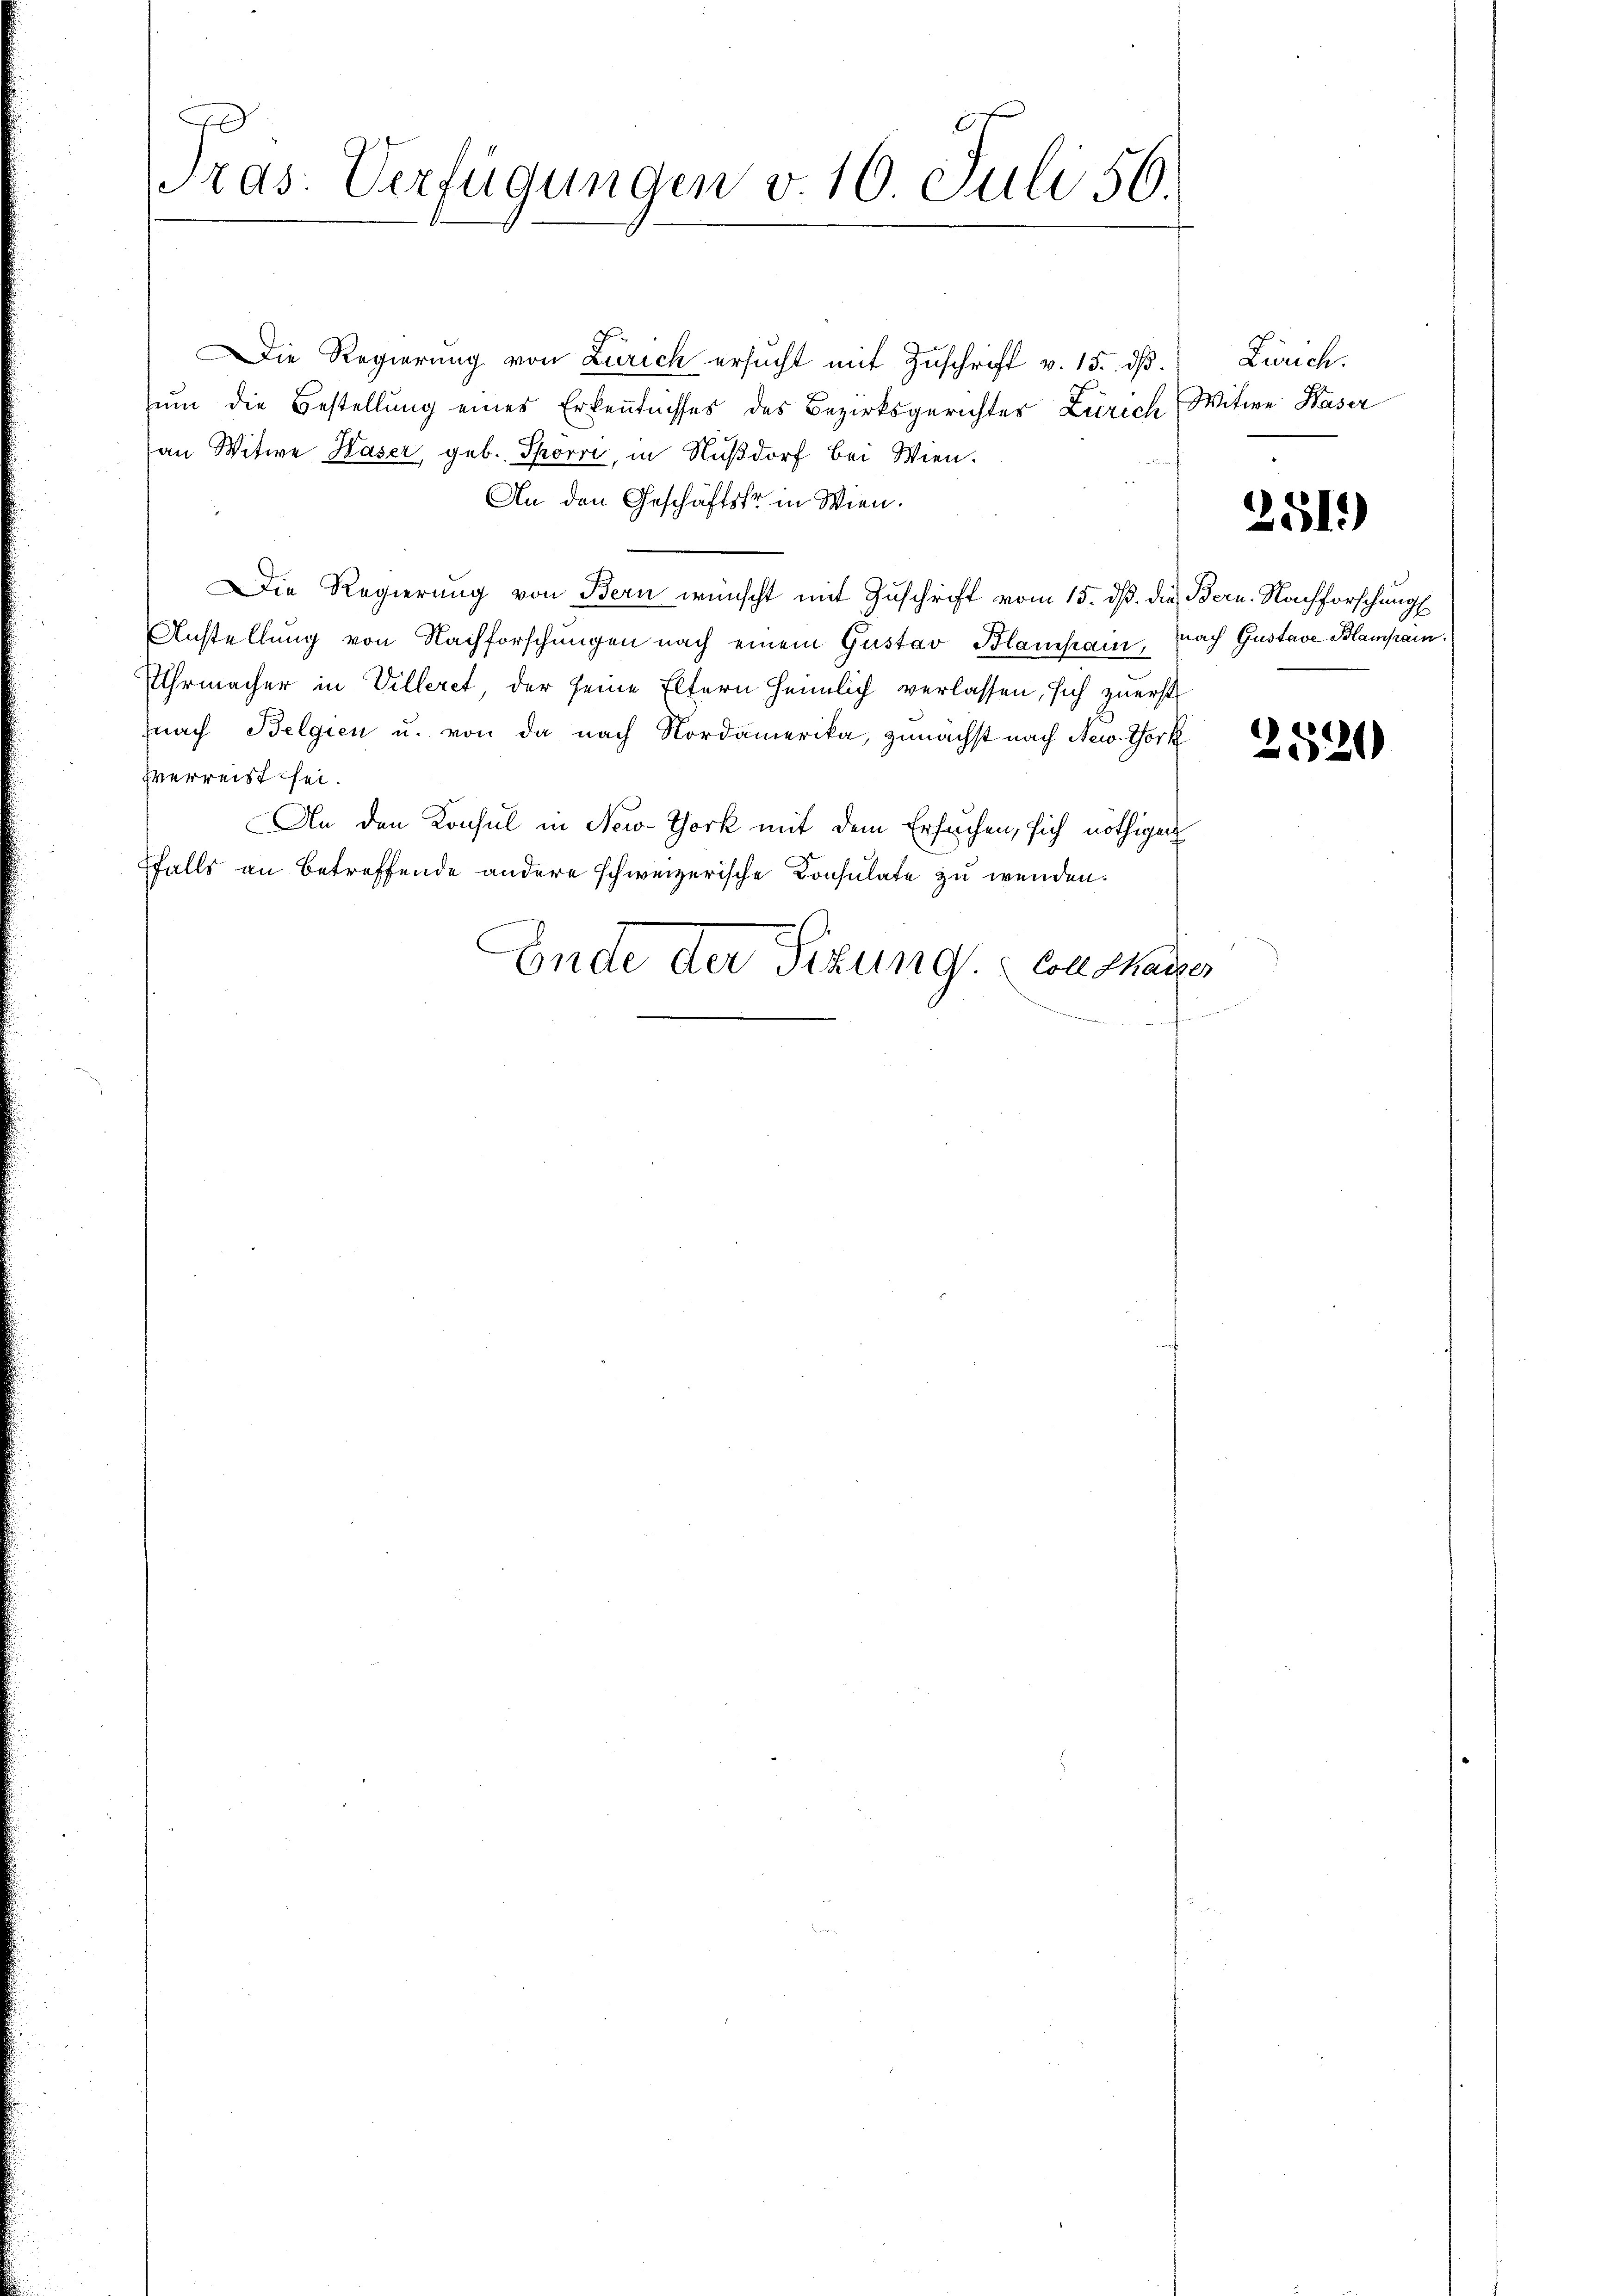
A
Tras: Verfügungen v. 10. Juli 56.

Die Regierung von Zürich ersucht mit Zuschrift v. 15. dß.
Zŭm die Bestellŭng eines Erkenntnisses des Bezirksgerichter Zürich, Witwe Kaser
an Witwe Kaser geb. Spörri, in Nußdorf bei Wien.
An den Geschäftsko in Wien.
Die Regierung von Bern wünscht mit Zuschrift vom 15. dß. die Bern. Nachforschung
Anstellung von Nachforschungen nach einem Gustav Blampain, nach Gustav Blampain.
Uhrmacher in Villeret, der seine Eltern heimlich verlassen, sich zuerst
nach Belgien u. von da nach Nordamerika, zunächst nach New York
zverreist sei.
An den Konsul in New-York mit dem Ersuchen, sich nöthigen
ffalls an betreffende andere schweizerische Consulate zu wenden.
Ende der Sitzung. Cathauses

Zürich.

251)

2520